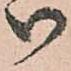
御